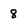
Character: 8